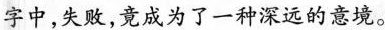
字中，失败，竟成为了一种深远的意境。